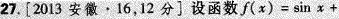
27.[2013安徽·16，12分]设函数$$f(x)=\sin x+ $$